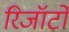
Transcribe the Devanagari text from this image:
रिजॉर्टों